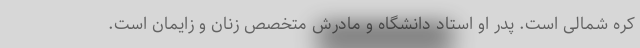
کره شمالی است. پدر او استاد دانشگاه و مادرش متخصص زنان و زایمان است.